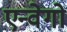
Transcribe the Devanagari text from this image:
एन्वेगो